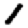
Digit: 1